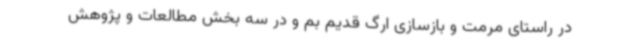
در راستای مرمت و بازسازی ارگ قدیم بم و در سه بخش مطالعات و پژوهش